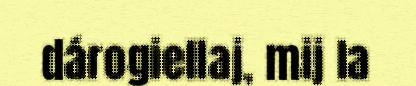
dárogiellaj, mij la